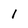
Character: 1